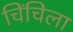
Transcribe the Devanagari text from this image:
चिंचिला